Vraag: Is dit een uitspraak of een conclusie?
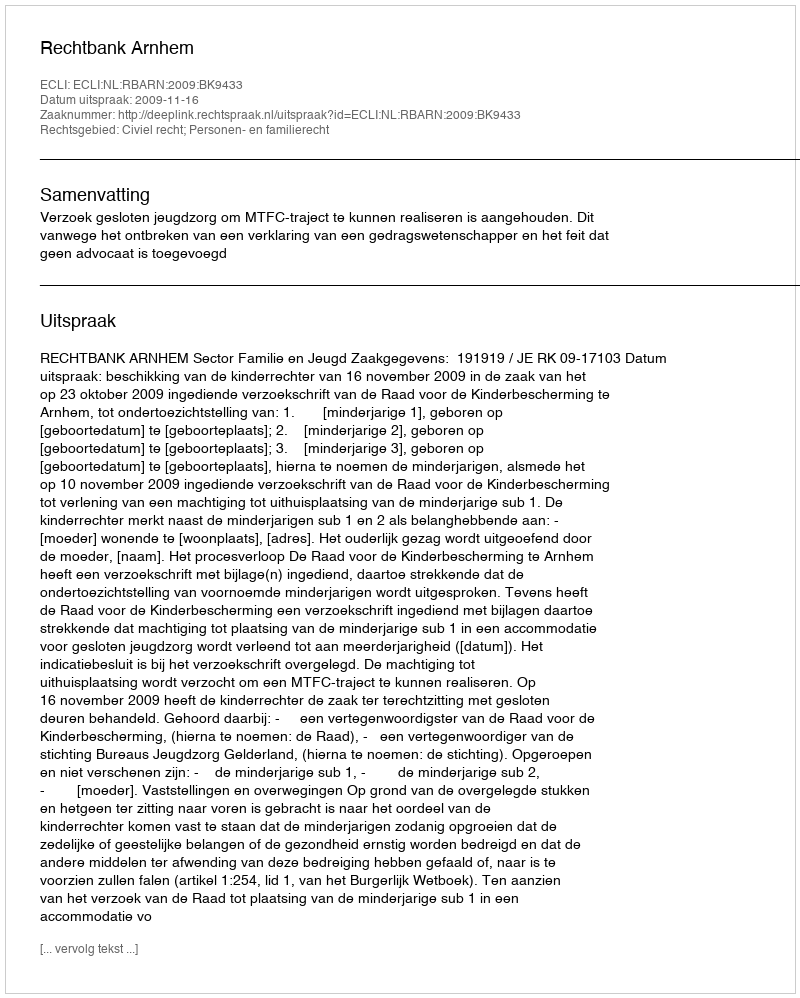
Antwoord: Uitspraak